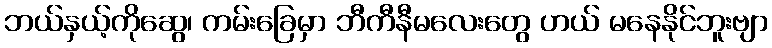
ဘယ်နှယ့်ကိုဆွေ၊ ကမ်းခြေမှာ ဘီကီနီမလေးတွေ ဟယ် မနေနိုင်ဘူးဗျာ